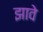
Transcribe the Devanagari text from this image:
झावे